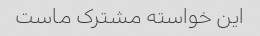
این خواسته مشترک ماست